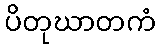
ပိတုဃာတကံ